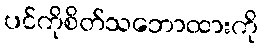
ပင်ကိုစိတ်သဘောထားကို